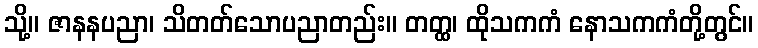
သို့။ ဇာနနပညာ၊ သိတတ်သောပညာတည်း။ တတ္ထ၊ ထိုသကကံ နောသကကံတို့တွင်။